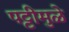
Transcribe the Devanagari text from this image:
पट्टीमुळे